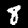
Label: 8